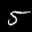
Label: 5